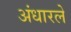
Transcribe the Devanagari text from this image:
अंधारले